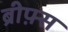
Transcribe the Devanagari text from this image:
ब्रीफ़्स